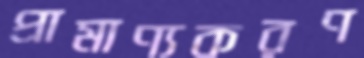
প্রামাণ্যকরণ